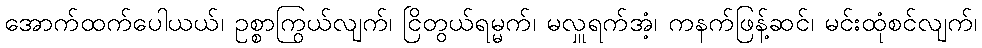
အောက်ထက်ပေါယယ်၊ ဥစ္စာကြွယ်လျက်၊ ငြိတွယ်ရမ္မက်၊ မလှူရက်အံ့၊ ကနက်ဖြန့်ဆင်၊ မင်းထုံစင်လျက်၊